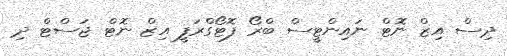
ދިސް އިޒް ނޮޓް ނައިންޓީސް ބްރޯ ފޮޓޯގްރަފީ އިޒް ނޮޓް ޖަސްޓް ދި